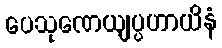
ပေသုဏေယျပ္ပဟာယိနံ